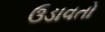
ઉડાવતો